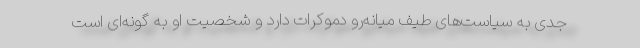
جدی به سیاست‌های طیف میانه‌رو دموکرات دارد و شخصیت او به گونه‌ای است